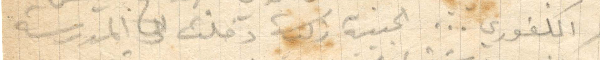
الكفري... الجبيبة زكية دخلت الى المدرسة